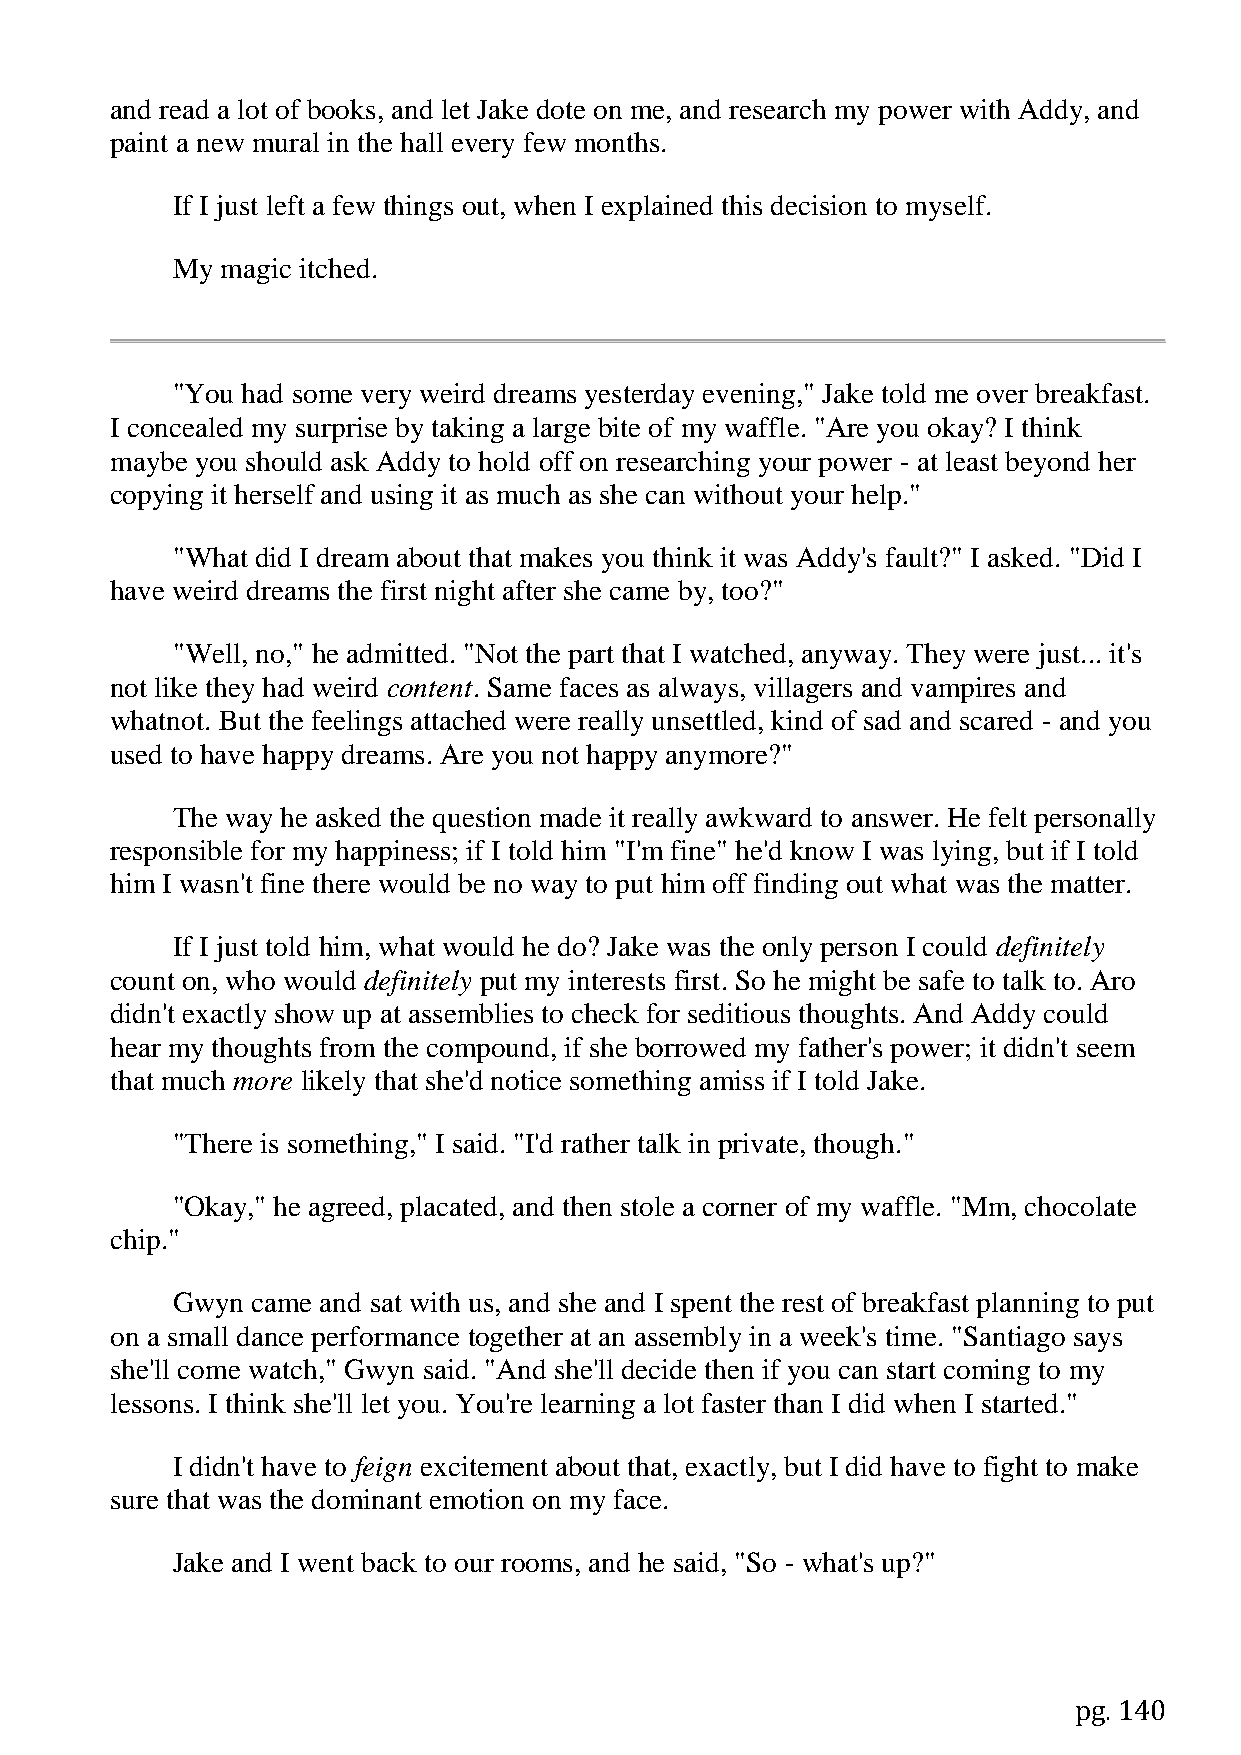
and read a lot of books, and let Jake dote on me, and research my power with Addy, and
 paint a new mural in the hall every few months.
 If I just left a few things out, when I explained this decision to myself.
 My  magic itched.
 "You had some very weird dreams yesterday evening," Jake told me over breakfast.
 I concealed my surprise by taking a large bite of my waffle. "Are you okay? I think
 maybe you should ask Addy to hold off on researching your power - at least beyond her
 copying it herself and using it as much as she can without your help."
 "What did I dream about that makes you think it was Addy's fault?" I asked. "Did I
 have weird dreams the first night after she came by, too?"
 "Well, no," he admitted. "Not the part that I watched, anyway. They were just... it's
 not like they had weird content. Same faces as always, villagers and vampires and
 whatnot. But the feelings attached were really unsettled, kind of sad and scared - and you
 used to have happy dreams. Are you not happy anymore?"
 The way he asked the question made it really awkward to answer. He felt personally
 responsible for my happiness; if I told him "I'm fine" he'd know I was lying, but if I told
 him I wasn't fine there would be no way to put him off finding out what was the matter.
 If I just told him, what would he do? Jake was the only person I could definitely
 count on, who would definitely put my interests first. So he might be safe to talk to. Aro
 didn't exactly show up at assemblies to check for seditious thoughts. And Addy could
 hear my thoughts from the compound, if she borrowed my father's power; it didn't seem
 that much more likely that she'd notice something amiss if I told Jake.
 "There is something," I said. "I'd rather talk in private, though."
 "Okay," he agreed, placated, and then stole a corner of my waffle. "Mm, chocolate
 chip."
 Gwyn  came and sat with us, and she and I spent the rest of breakfast planning to put
 on a small dance performance together at an assembly in a week's time. "Santiago says
 she'll come watch," Gwyn said. "And she'll decide then if you can start coming to my
 lessons. I think she'll let you. You're learning a lot faster than I did when I started."
 I didn't have to feign excitement about that, exactly, but I did have to fight to make
 sure that was the dominant emotion on my face.
 Jake and I went back to our rooms, and he said, "So - what's up?"
 pg. 140